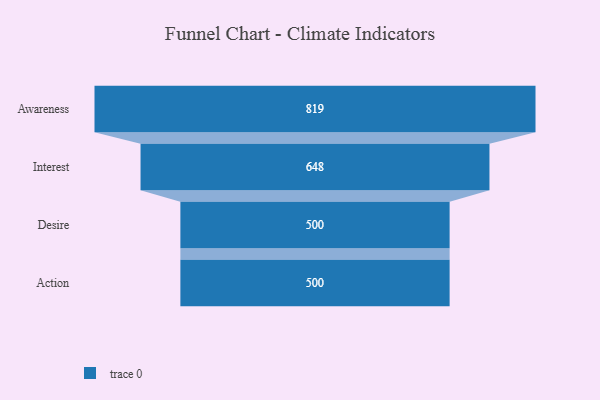
{"axis": {"x": "Stage", "y": "Value"}, "legend": [""], "data": [{"x": "Awareness", "y": 819.0, "type": ""}, {"x": "Interest", "y": 648.0, "type": ""}, {"x": "Desire", "y": 500, "type": ""}, {"x": "Action", "y": 500, "type": ""}]}